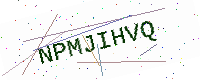
Text: NPMJIHVQ